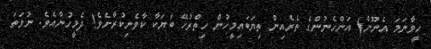
ހީވާނަމަ އެނޫން) އަންހެނުންގެ ތެރެއިން ތިޔަބައިމީހުން ހިތްރުހޭ ބަޔަކާ ކާވެނިކުރާށެވެ! ދެމީހުނާއެވެ. ނުވަތަ